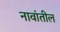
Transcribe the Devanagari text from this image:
नावांतील